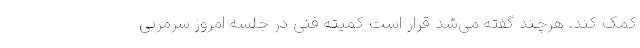
کمک کند. هرچند گفته می‌شد قرار است کمیته فنی در جلسه امروز سرمربی